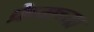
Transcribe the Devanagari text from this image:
फ्रेमच्या